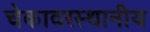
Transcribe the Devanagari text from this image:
चेकावरस्थानीय